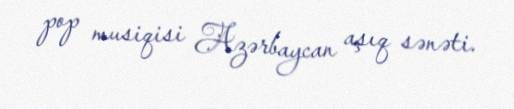
pop musiqisi Azərbaycan aşıq sənəti.